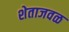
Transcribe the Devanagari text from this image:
शेताजवळ